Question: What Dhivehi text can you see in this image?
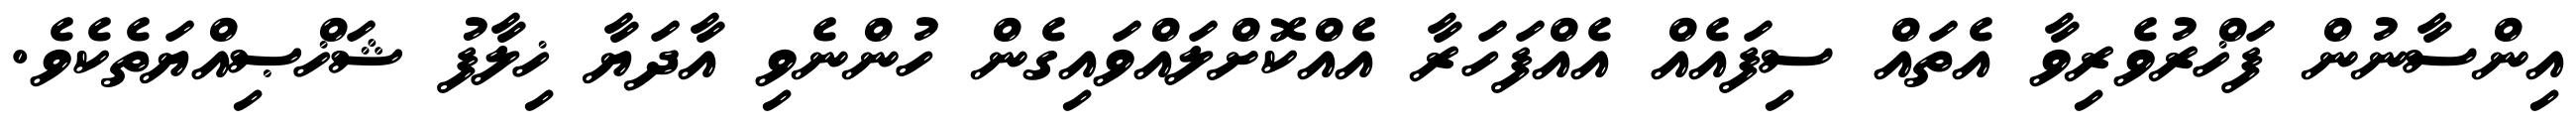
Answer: އިންސާނުން ފަޚްރުވެރިވާ އެތައް ސިފައެއް އެއްފަހަރާ އެއްކޮށްލައްވައިގެން ހުންނެވި އާދަޔާ ޚިލާފު ޝަޚްޞިއްޔަތެކެވެ.